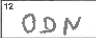
Transcription: ODN